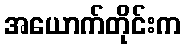
အယောက်တိုင်းက